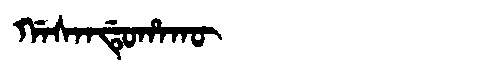
Manchu: ᡤᠠᠰᠠᠨᡩᡠᡥᠠᡴᡡ
Romanization: GASANDUHAKŪ